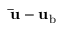
\mathbf { \bar { u } - u _ { \mathrm { b } } }